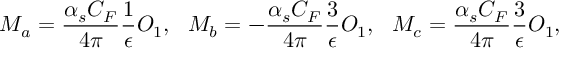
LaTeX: M _ { a } = \frac { \alpha _ { s } C _ { F } } { 4 \pi } \frac { 1 } { \epsilon } O _ { 1 } , \ \ M _ { b } = - \frac { \alpha _ { s } C _ { F } } { 4 \pi } \frac { 3 } { \epsilon } O _ { 1 } , \ \ M _ { c } = \frac { \alpha _ { s } C _ { F } } { 4 \pi } \frac { 3 } { \epsilon } O _ { 1 } ,